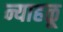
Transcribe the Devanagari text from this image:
न्याहळू